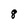
Character: 8